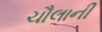
ચૌલાની